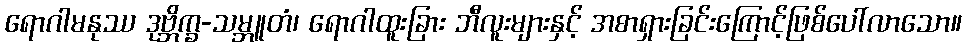
ရောဂါမနုဿ ဒုဗ္ဘိက္ခ-သမ္ဘူတံ၊ ရောဂါထူးခြား ဘီလူးများနှင့် အစာရှားခြင်းကြောင့်ဖြစ်ပေါ်လာသော။